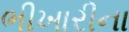
ભીખારીના